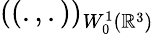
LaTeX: ((.,.))_{W_{0}^{1}({\mathbb R}^{3})}